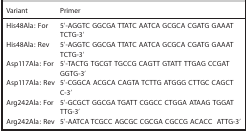
<table><thead><tr><td><b>Variant</b></td><td><b>Primer</b></td><td></td></tr></thead><tbody><tr><td>His48Ala: For</td><td>5′-AGGTC GGCGA TTATC AATCA GCGCA CGATG GAAAT</td><td></td></tr><tr><td></td><td>TCTG-3′</td><td></td></tr><tr><td>His48Ala: Rev</td><td>5′-AGGTC GGCGA TTATC AATCA GCGCA CGATG GAAAT</td><td></td></tr><tr><td></td><td>TCTG-3′</td><td></td></tr><tr><td>Asp117Ala: For</td><td>5′-TACTG TGCGT TGCCG CAGTT GTATT TTGAG CCGAT</td><td></td></tr><tr><td></td><td>GGTG-3′</td><td></td></tr><tr><td>Asp117Ala: Rev</td><td>5′-CGGCA ACGCA CAGTA TCTTG ATGGG CTTGC CAGCT</td><td></td></tr><tr><td></td><td>C-3′</td><td></td></tr><tr><td>Arg242Ala: For</td><td>5′-GCGCT GGCGA TGATT CGGCC CTGGA ATAAG TGGAT</td><td></td></tr><tr><td></td><td>TTG-3′</td><td></td></tr><tr><td>Arg242Ala: Rev</td><td>5′-AATCA TCGCC AGCGC CGCGA CGCCG ACACC</td><td>ATTG-3′</td></tr></tbody></table>